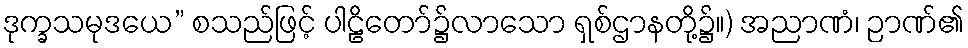
ဒုက္ခသမုဒယေ” စသည်ဖြင့် ပါဠိတော်၌လာသော ရှစ်ဌာနတို့၌။) အညာဏံ၊ ဉာဏ်၏